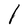
Character: l